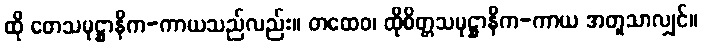
ထို တေသမုဋ္ဌာနိက-ကာယသည်လည်း။ တထေဝ၊ ထိုစိတ္တသမုဋ္ဌာနိက-ကာယ အတူသာလျှင်။